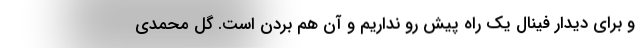
و برای دیدار فینال یک راه پیش رو نداریم و آن هم بردن است. گل محمدی